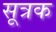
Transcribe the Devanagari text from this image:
सूत्रक